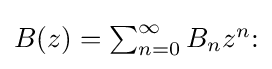
\textstyle B(z)=\sum _{n=0}^{\infty }B_{n}z^{n}{\text{:}}